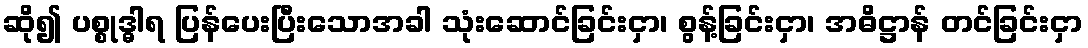
ဆို၍ ပစ္စုဒ္ဓါရ ပြန်ပေးပြီးသောအခါ သုံးဆောင်ခြင်းငှာ၊ စွန့်ခြင်းငှာ၊ အဓိဋ္ဌာန် တင်ခြင်းငှာ